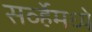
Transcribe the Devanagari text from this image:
सर्व्हेमध्ये